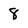
Character: 8